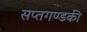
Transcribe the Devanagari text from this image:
सप्तगण्डकी